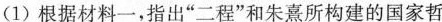
(1)根据材料一，指出”二程”和朱熹所构建的国家哲